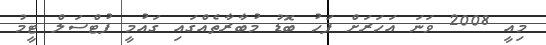
މިއީ 2008 ވަނަ އަހަރަށް ފަހު ބޮޑު މުބާރާތެއްގައި ގައުމީ ފުޓްސަލް ޓީމު